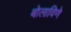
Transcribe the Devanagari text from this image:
बोलाविणे